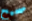
صحيح